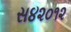
સ૪૨૦૧૨